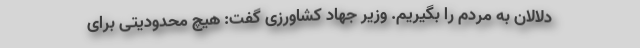
دلالان به مردم را بگیریم. وزیر جهاد کشاورزی گفت: هیچ محدودیتی برای